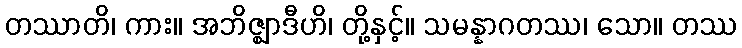
တဿာတိ၊ ကား။ အဘိဇ္ဈာဒီဟိ၊ တို့နှင့်။ သမန္နာဂတဿ၊ သော။ တဿ